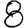
Digit: 8